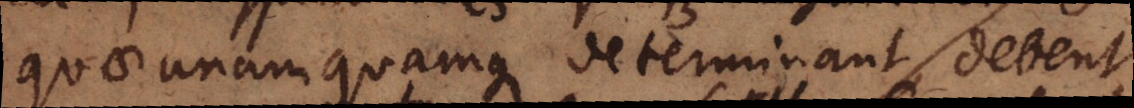
quae unamquamque determinant, debent